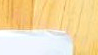
الكحولية